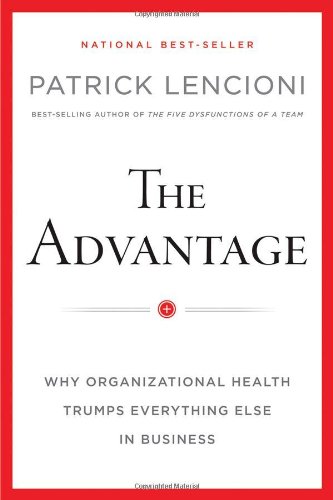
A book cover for The Advantage: Why Organizational Health Trumps Everything Else In Business; Patrick M. Lencioni; Business & Money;